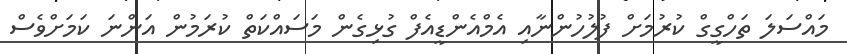
މައްސަލަ ތަހްގީގް ކުރުމަށް ފުލުހުންނާއި އެމްއެންޑީއެފް ގުޅިގެން މަސައްކަތް ކުރަމުން އަންނަ ކަމަށްވެސް